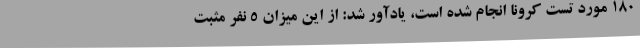
180 مورد تست کرونا انجام شده است، یادآور شد: از این میزان 5 نفر مثبت